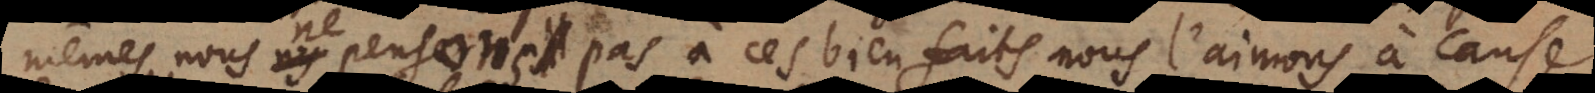
mêmes nous ne pensons pas à ces bienfaits, nous l’aimons à cause